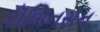
રૉબિનસન